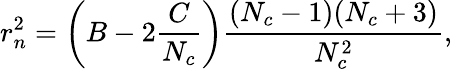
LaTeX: r_{n}^{2}=\left(B-2\frac{C}{N_{c}}\right)\frac{(N_{c}-1)(N_{c}+3)}{N_{c}^{2}},